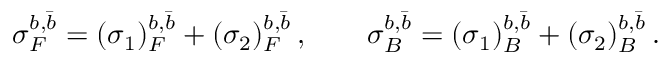
\sigma _ { F } ^ { b , \bar { b } } = ( \sigma _ { 1 } ) _ { F } ^ { b , \bar { b } } + ( \sigma _ { 2 } ) _ { F } ^ { b , \bar { b } } \, , \qquad \sigma _ { B } ^ { b , \bar { b } } = ( \sigma _ { 1 } ) _ { B } ^ { b , \bar { b } } + ( \sigma _ { 2 } ) _ { B } ^ { b , \bar { b } } \, .